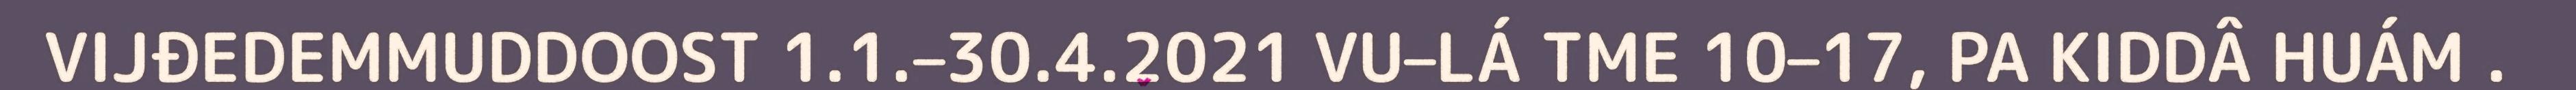
VIJĐEDEMMUDDOOST 1.1.–30.4.2021 VU–LÁ TME 10–17, PA KIDDÂ HUÁM .